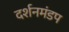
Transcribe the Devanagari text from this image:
दर्शनमंडप